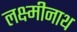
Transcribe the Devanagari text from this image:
लक्ष्मीनाथ